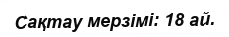
Сақтау мерзімі: 18 ай.